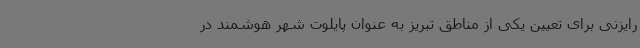
رایزنی برای تعیین یکی از مناطق تبریز به عنوان پایلوت شهر هوشمند در